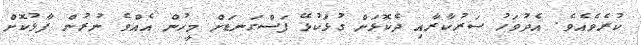
ކުރެވެއެވެ. އެދުވަހު ސަރުކާރާއި ދެކޮޅަށް ގުޅަކުޅޭ ފަސްގަނޑަށް މީހުން އެއްވެ ނުރުން ފާޅުކޮށް